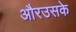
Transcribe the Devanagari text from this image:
औरउसके